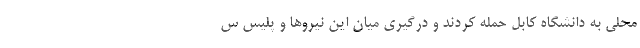
محلی به دانشگاه کابل حمله کردند و درگیری میان این نیروها و پلیس س